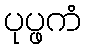
ပုပ္ဖကံ